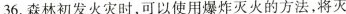
36.森林初发火灾时，可以使用爆炸灭火的方法，将灭